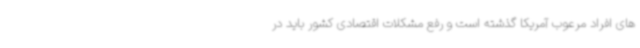
های افراد مرعوب آمریکا گذشته است و رفع مشکلات اقتصادی کشور باید در